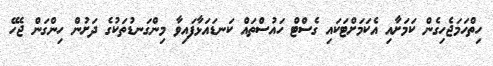
ހިތްހަމަޖެހިގެން ކަމަށާއި އެކަމަށްޓަކައި ގެސްޓް ހައުސްތައް ކަނޑައަޅާފައިވާ މިންގަނޑުތަކުގެ ދަށުން ހިންގަން ޖެހޭ